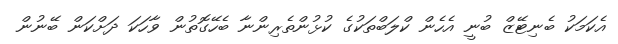
އެކަމަކު ބެނިޓޭޒް ބުނީ އެހެން ކްލަބްތަކުގެ ކުޅުންތެރިންނާ ބެހޭގޮތުން ވާހަކަ ދަށްކަން ބޭނުން